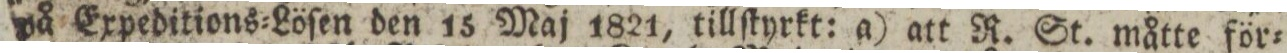
på Expeditions=Löſen den 15 Maj 1821, tillſtyrkt: a) att R. St. måtte för=